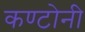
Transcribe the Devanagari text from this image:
कण्टोनी